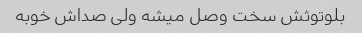
بلوتوثش سخت وصل میشه ولی صداش خوبه